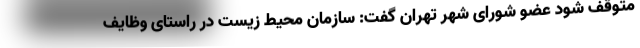
متوقف شود عضو شورای شهر تهران گفت: سازمان محیط زیست در راستای وظایف